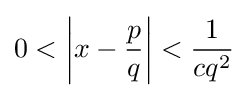
0<\left|x-{\frac {p}{q}}\right|<{\frac {1}{cq^{2}}}